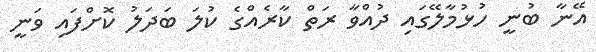
އޭނާ ބުނީ ހުޅުމާލޭގައި ދުއްވާ ރަތް ކާރެއްގެ ކުލަ ބަދަލު ކޮށްފައި ވަނީ